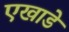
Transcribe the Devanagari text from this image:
एखाडे